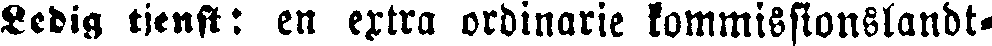
Ledig tjenst: en extra ordinarie kommissionslandt-